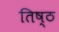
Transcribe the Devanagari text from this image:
तिष्ठ